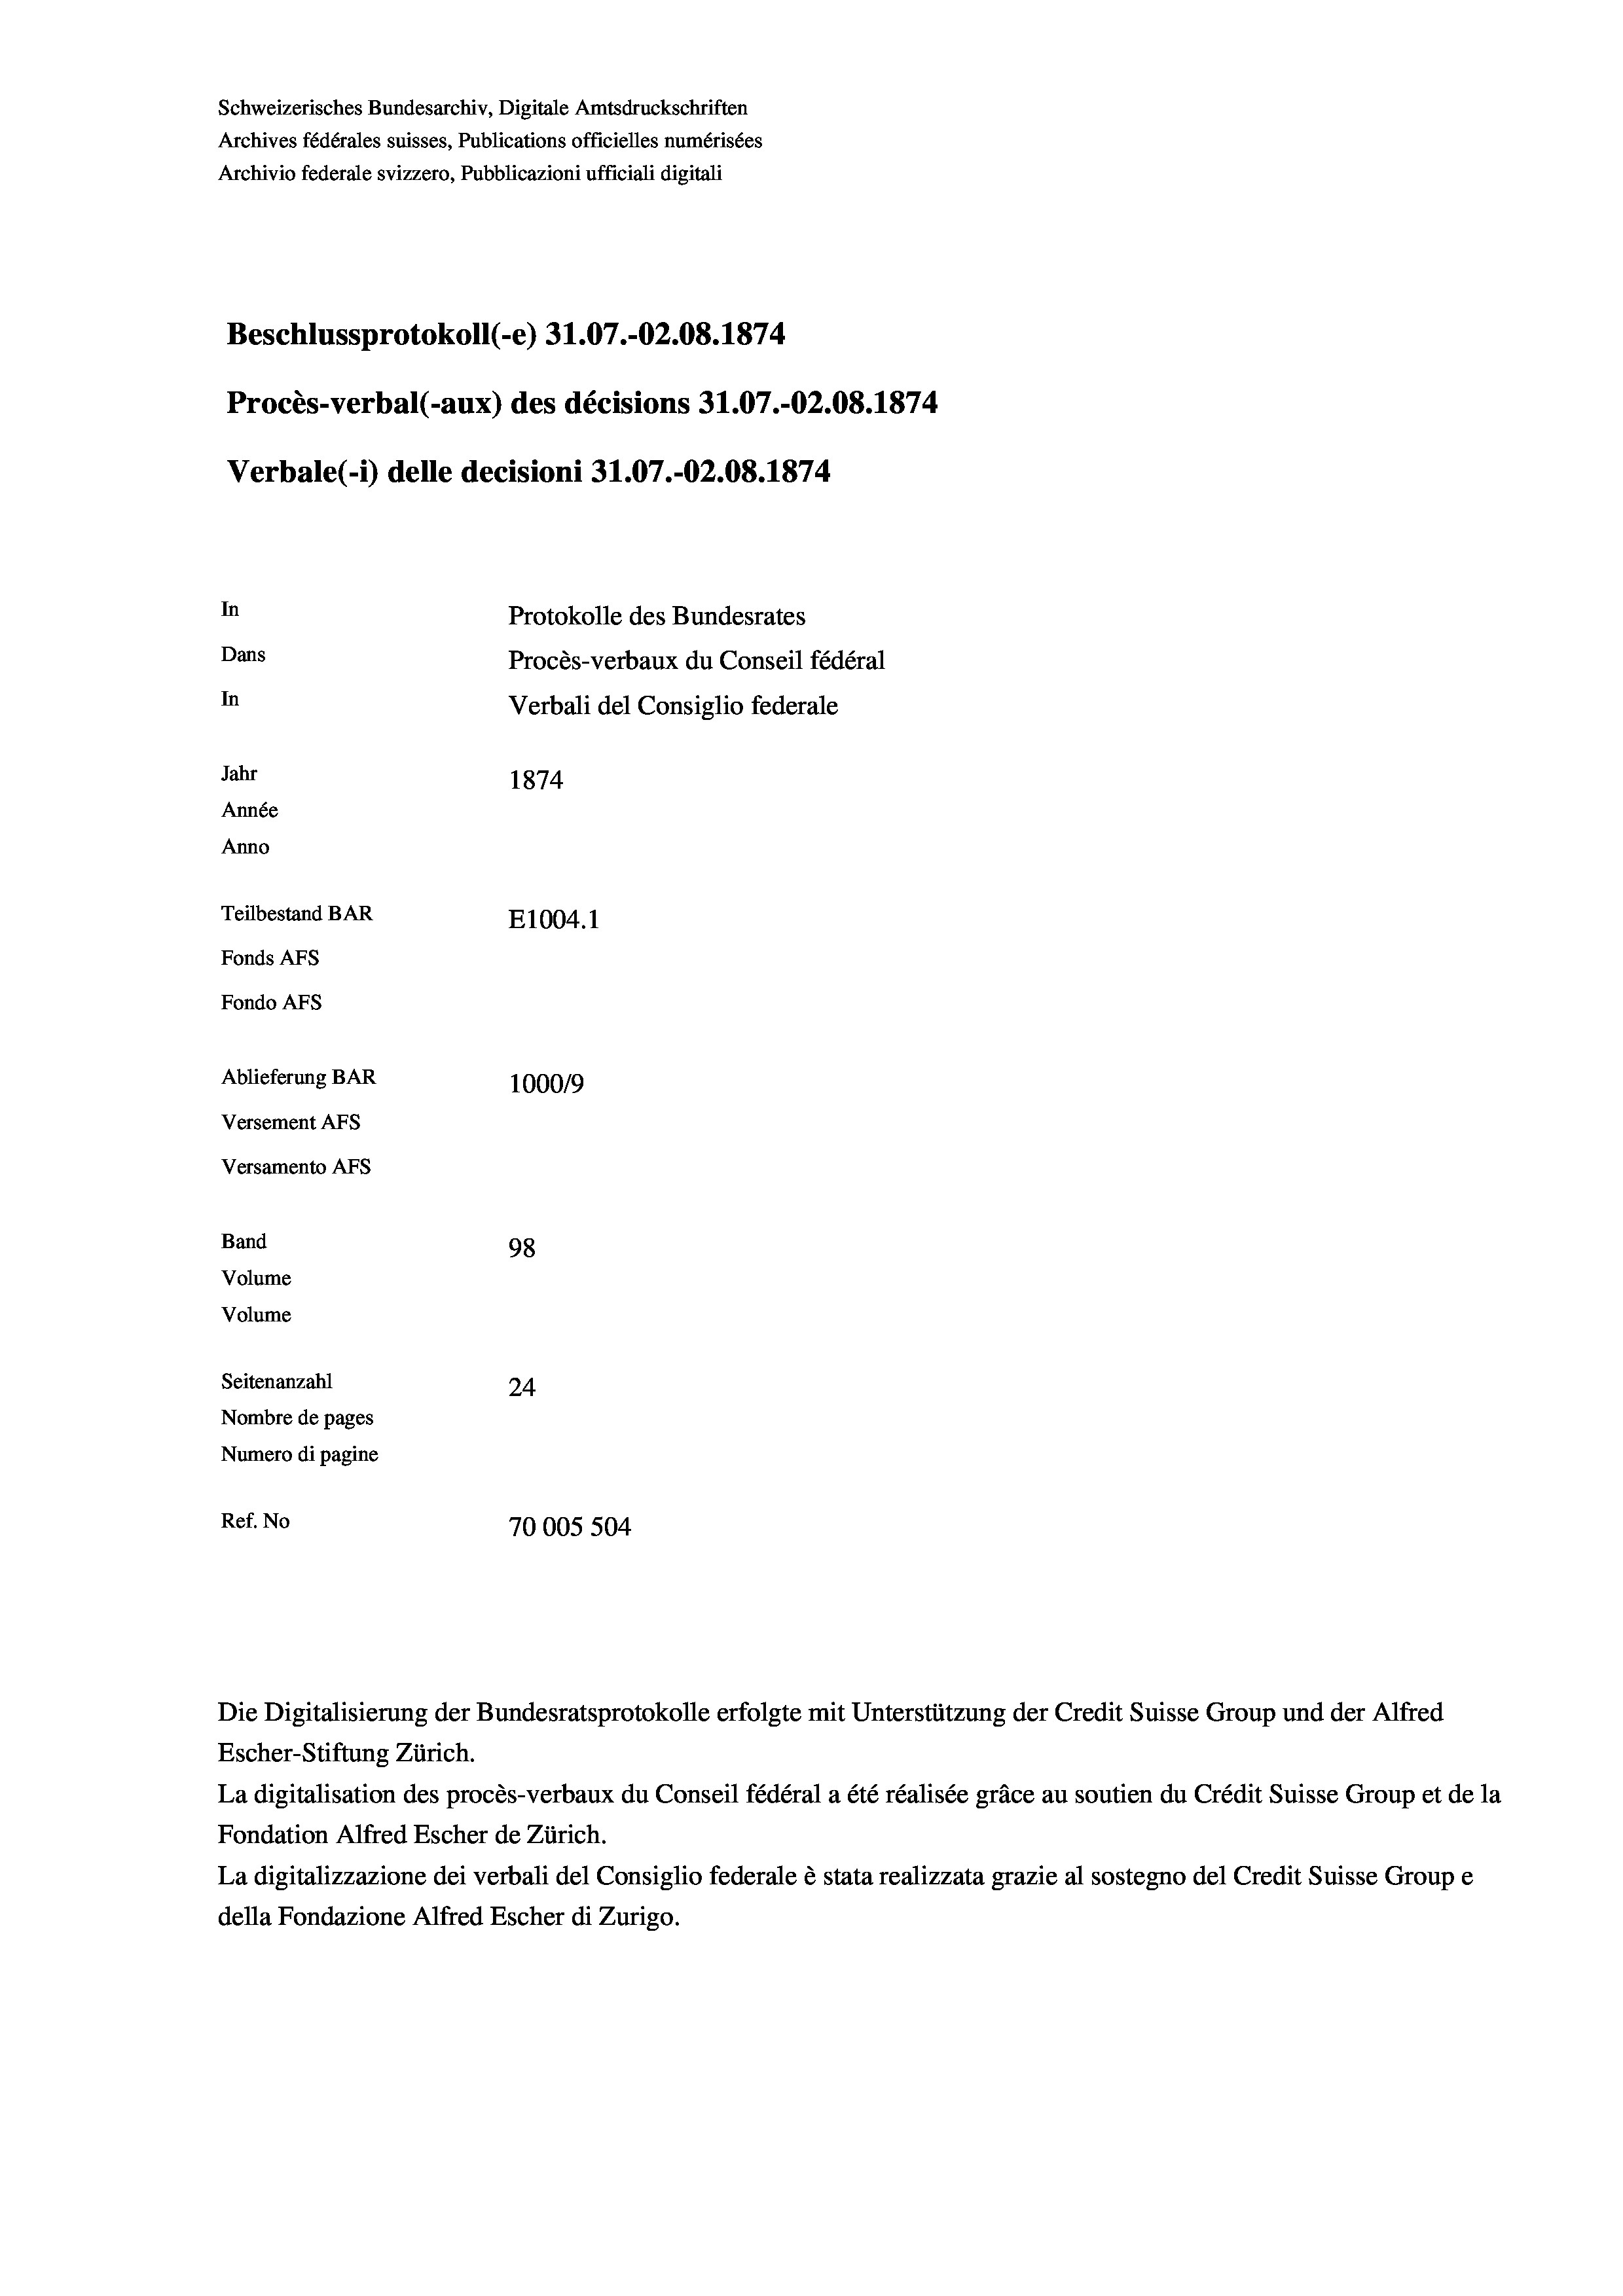
Schweizerisches Bundesarchiv, Digitale Amtsdruckschriften
Archives fédérales suisses, Publications officielles numérisées
Archivio federale svizzero, Pubblicazioni ufficiali digitali
Beschlussprotokoll (-e) 31.07.-O2.08. 1874
Procès-verbal (-aux) des décisions 31.07.-O2.08. 1874
In
Protokolle des Bundesrates
Dans
Procès-verbaux du Conseil fédéral
In
Jahr
1874
Année
Anno
Teilbestand BAR
E1004. 1
Fonds AFs
Fondo Afs
Ablieferung BAR
100019
Versement Ans
Versamento Afs
Band
98
Volume
Volume

Seitenanzahl

Verbale (i) delle decisioni 31.07.-O2.08. 1874

24
Nombre de pages
Numero di pagine
Ref. No
70005 504

Verbali del Consiglio federale

Die Digitalisierung der Bundesratsprotokolle erfolgte mit Unterstützung der Credit Suisse Group und der Alfred
Escher-Stiftung Zürich.
La digitalisation des procès-verbaux du Conseil fédéral a été réalisée gräce au soutien du Crédit Suisse Group et de la
Fondation Alfred Escher de Zürich.
La digitalizzazione dei verbali del Consiglio federale è stata realizzata grazie al sostegno del Credit Suisse Groupe
della Fondazione Alfred Escher di Zurigo.